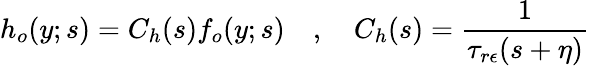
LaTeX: h_{o}(y;s)=C_{h}(s)f_{o}(y;s)\quad,\quad C_{h}(s)=\frac{1}{\tau_{r\epsilon}(s+\eta)}